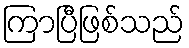
ကြာပြီဖြစ်သည်